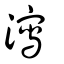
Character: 瀉